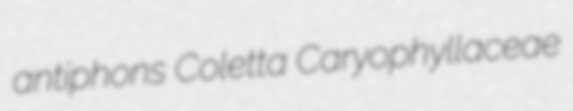
antiphons Coletta Caryophyllaceae